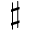
^ { \sharp }